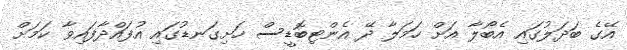
އޭގެ ބަދަލުގައި އެބޯލާ އަށް ހަމަލާ ދޭ އެންޓިބޮޑީސް ހަށިގަނޑުގައި އުފައްދާފައިވާ ކަމަށް